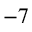
^ { - 7 }